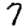
Digit: 7